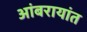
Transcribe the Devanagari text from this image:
आंबरायांत